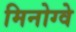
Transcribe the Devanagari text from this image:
मिनोग्वे